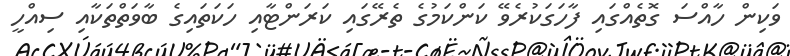
ވަކިން ހާއްސަ ގޮތެއްގައި ފާހަގަކުރެވޭ ކަންކަމުގެ ތެރޭގައި ކަރަންޓާއި ހަކަތައިގެ ބާވަތްތަކާއި ސިއްހީ